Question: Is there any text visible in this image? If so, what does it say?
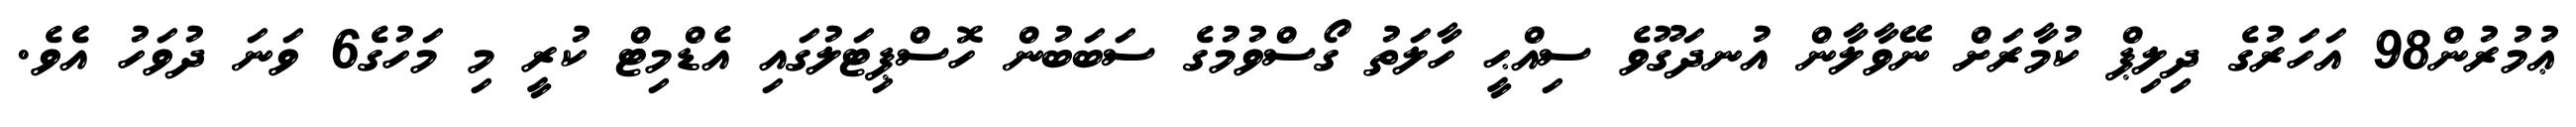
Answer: ޢުމުރުން98 އަހަރުގެ ދިލިޕް ކުމާރަށް ނޭވާލާން އުނދަގޫވެ ސިއްޙީ ހާލަތު ގޯސްވުމުގެ ސަބަބުން ހޮސްޕިޓަލުގައި އެޑްމިޓް ކުރީ މި މަހުގެ6 ވަނަ ދުވަހު އެެވެ.